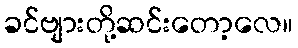
ခင်ဗျားတို့ဆင်းတော့လေ။